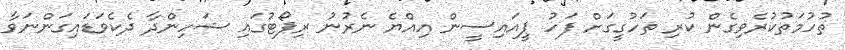
ތުހުމަތުކުރެވިގެން ކުރި ތަހުގީގަށް ފަހު ޕީއައިސީން އިއްޔެ ނެރުނު ރިޕޯޓުގައި ޝަހިންދާ ދެކެވަޑައިގަންނަވާ